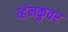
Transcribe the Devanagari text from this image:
व्हॅनकुवर